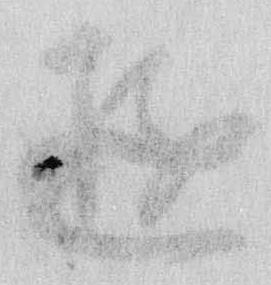
遊